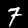
Label: 7